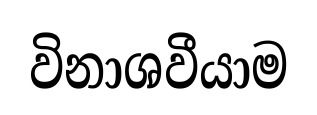
විනාශවීයාම